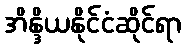
အိန္ဒိယနိုင်ငံဆိုင်ရာ